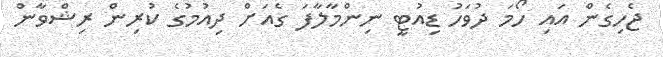
ޖެހިގެން އައި ހޯމަ ދުވަހު ޑިއުޓީ ނިންމާލާފަ ގެއަށް ދިއުމުގެ ކުރިން ރިޝްވާން